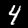
Label: 4